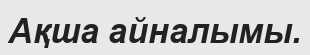
Ақша айналымы.